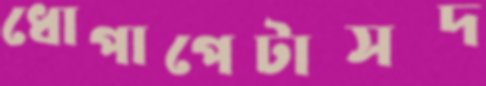
ধোপাপেটাসদ